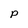
Character: p